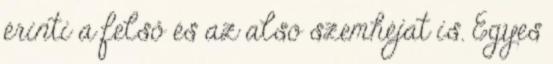
érinti a felső és az alsó szemhéjat is. Egyes